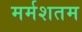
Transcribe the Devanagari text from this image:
मर्मशतम